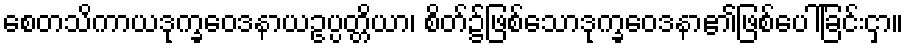
စေတသိကာယဒုက္ခဝေဒနာယဥပ္ပတ္တိယာ၊ စိတ်၌ဖြစ်သောဒုက္ခဝေဒနာ၏ဖြစ်ပေါ်ခြင်းငှာ။